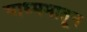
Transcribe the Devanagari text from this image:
माध्ममातून